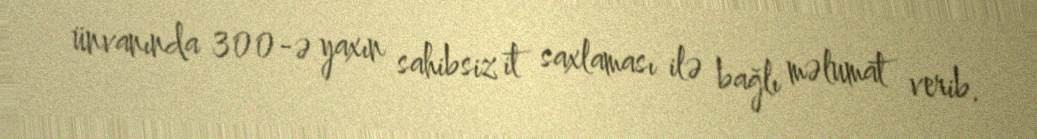
ünvanında 300-ə yaxın sahibsiz it saxlaması ilə bağlı məlumat verib.